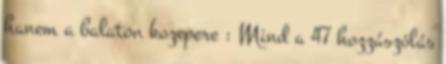
hanem a balaton kozepere : Mind a 47 hozzászólás